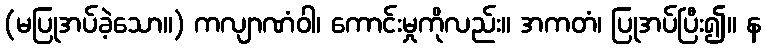
(မပြုအပ်ခဲ့သော။) ကလျာဏံဝါ၊ ကောင်းမှုကိုလည်း။ အကတံ၊ ပြုအပ်ပြီး၍။ န